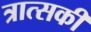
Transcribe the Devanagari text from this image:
त्रात्सकी